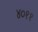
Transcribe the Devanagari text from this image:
४०११